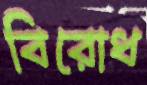
বিরোধ